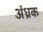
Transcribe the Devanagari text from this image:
अंध्रक